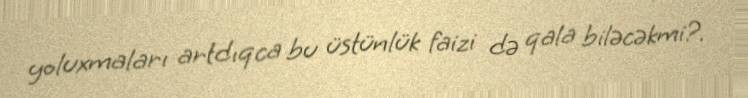
yoluxmaları artdıqca bu üstünlük faizi də qala biləcəkmi?.